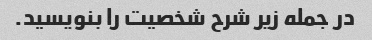
در جمله زیر شرح شخصیت را بنویسید.